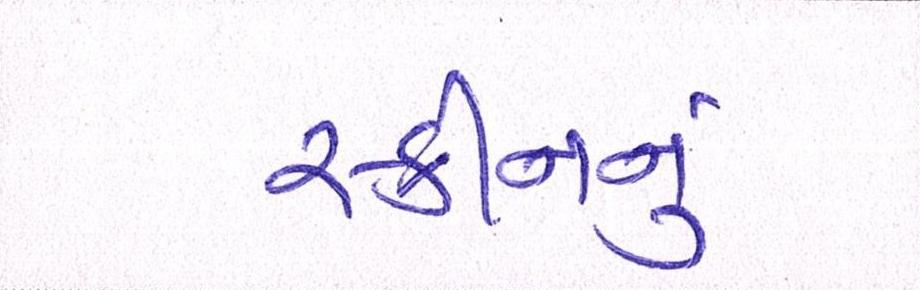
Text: સ્કીનનું